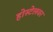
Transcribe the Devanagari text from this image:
होस्टेलवर